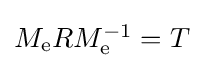
\textstyle M_{\mathrm {e} }RM_{\mathrm {e} }^{-1}=T